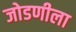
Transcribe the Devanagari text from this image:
जोडणीला